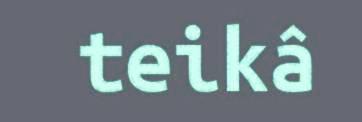
teikâ